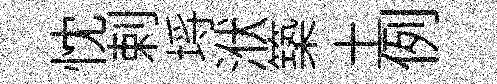
忱剌埓洑築土例